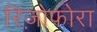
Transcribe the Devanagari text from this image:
रिज़ोफोरा